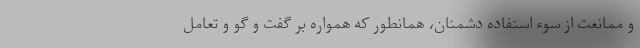
و ممانعت از سوء استفاده دشمنان، همانطور که همواره بر گفت و گو و تعامل